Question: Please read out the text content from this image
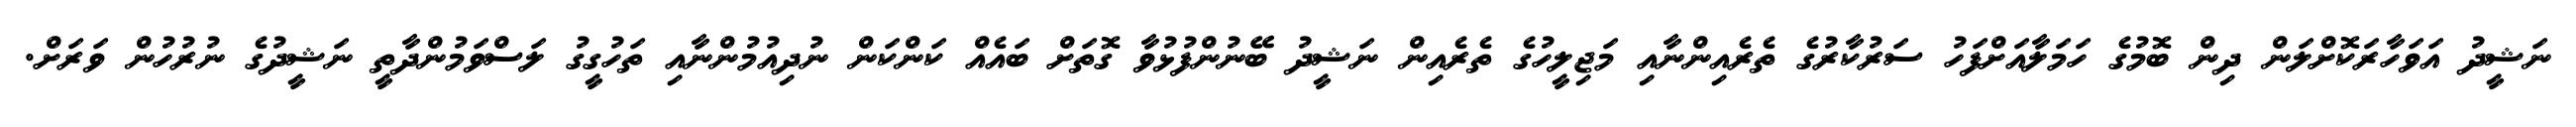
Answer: ނަޝީދު އަވަހާރަކޮށްލަން ދިން ބޮމުގެ ހަމަލާއަށްފަހު ސަރުކާރުގެ ތެރެއިންނާއި މަޖިލީހުގެ ތެރެއިން ނަޝީދު ބޭނުންފުޅުވާ ގޮތަށް ބައެއް ކަންކަން ނުދިއުމުންނާއި ތަހުގީގު ލަސްވަމުންދާތީ ނަޝީދުގެ ނުރުހުން ވަރަށް.